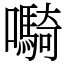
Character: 𫬷